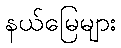
နယ်မြေများ